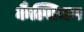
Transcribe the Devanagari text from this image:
कैल्सिचम